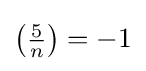
\left({\tfrac {5}{n}}\right)=-1